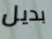
بديل